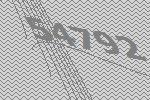
54792